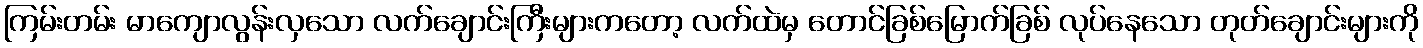
ကြမ်းတမ်း မာကျောလွန်းလှသော လက်ချောင်းကြီးများကတော့ လက်ထဲမှ တောင်ခြစ်မြောက်ခြစ် လုပ်နေသော တုတ်ချောင်းများကို